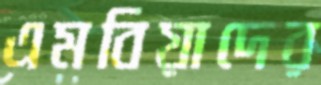
এমবিয়াদের